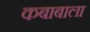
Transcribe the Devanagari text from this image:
कबाबाला